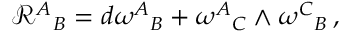
\mathcal { R } ^ { A } { } _ { B } = d \omega ^ { A } { } _ { B } + \omega ^ { A } { } _ { C } \wedge \omega ^ { C } { } _ { B } \, ,